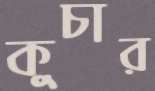
কুচার